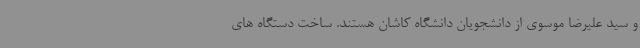
و سید علیرضا موسوی از دانشجویان دانشگاه کاشان هستند. ساخت دستگاه های